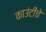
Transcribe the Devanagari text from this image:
काउंटींचे